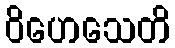
ဝိဟေသေတိ